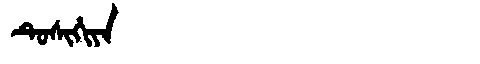
Manchu: ᡨᡠᠰᡳᡥᡳᠶᠠ
Romanization: TUSIHIYA